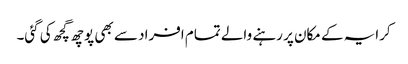
کرایہ کے مکان پر رہنے والے تمام افراد سے بھی پوچھ گچھ کی گئی۔